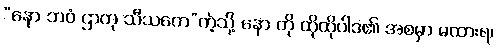
“နော ဘဝံ ဌာတု သီသကေ”ကဲ့သို့ နော ကို ထိုထိုပါဒ၏ အစမှာ မထားရ၊